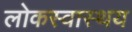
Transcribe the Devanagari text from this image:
लोकस्वास्थय